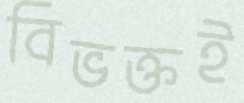
বিভক্তই